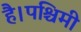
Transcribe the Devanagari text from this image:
है।पश्चिमी